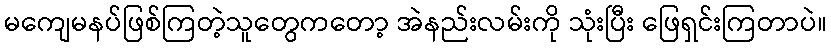
မကျေမနပ်ဖြစ်ကြတဲ့သူတွေကတော့ အဲနည်းလမ်းကို သုံးပြီး ဖြေရှင်းကြတာပဲ။